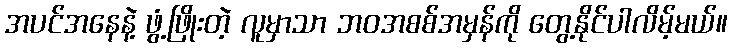
အပင်အနေနဲ့ ဖွံ့ဖြိုးတဲ့ လူမှာသာ ဘဝအစစ်အမှန်ကို တွေ့နိုင်ပါလိမ့်မယ်။